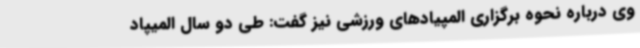
وی درباره نحوه برگزاری المپیادهای ورزشی نیز گفت: طی دو سال المیپاد